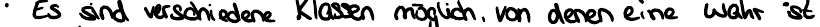
Es sind verschiedene Klassen möglich, von denen eine wahr ist